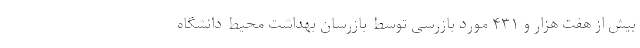
بیش از هفت هزار و ۴۳۱ مورد بازرسی توسط بازرسان بهداشت محیط دانشگاه